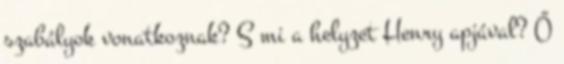
szabályok vonatkoznak? S mi a helyzet Henry apjával? Ő